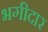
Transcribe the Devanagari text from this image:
भगीदार